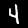
Digit: 4